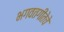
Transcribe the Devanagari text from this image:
भगवतगीतेचे